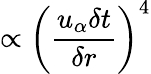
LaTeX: \propto{\left(\frac{u_{\alpha}\delta t}{\delta r}\right)}^{4}